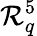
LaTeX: \mathcal{R}_{q}^{5}